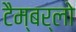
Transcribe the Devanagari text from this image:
टैम्बर्लो